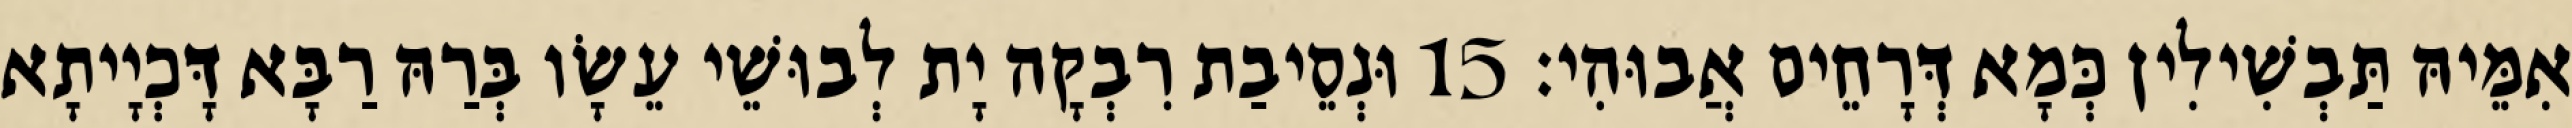
אִמֵּיהּ תַּבְשִׁילִין כְּמָא דְּרָחֵים אֲבוּהִי׃ 15 וּנְסֵיבַת רִבְקָה יָת לְבוּשֵׁי עֵשָׂו בְּרַהּ רַבָּא דָּכְיָיתָא